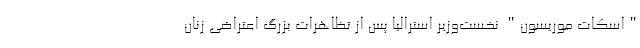
"اسکات موریسون" نخست‌وزیر استرالیا پس از تظاهرات بزرگ اعتراضی زنان